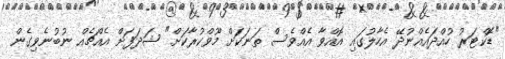
"ޑޮކްޓަރު ހުއްދައެއްނުދޭ އެހާލުގައި އޮއްވާ އެއްވެސް ތަނަކަށް މޫވްކުރާކަށް" ޝަދަފަށް އެއްޗެއް ނުބުނެވިގެން